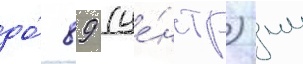
до́ 89 (це́нтр) мм